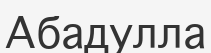
Абадулла